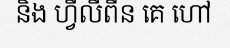
និង ហ្វីលីពីន គេ ហៅ